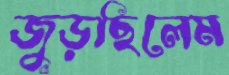
জুড়ছিলেম